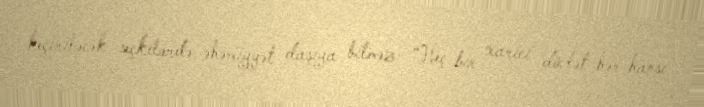
keçiriləcək seçkilərdə əhəmiyyət daşıya bilməz: “Heç bir xarici dövlət hər hansı